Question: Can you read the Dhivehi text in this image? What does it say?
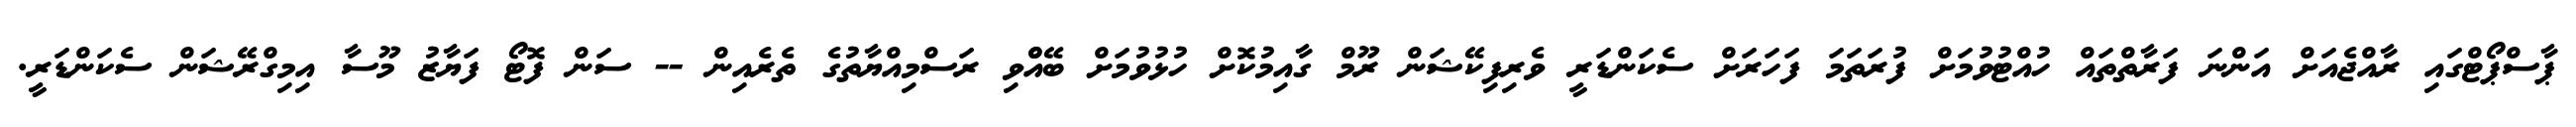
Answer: ޕާސްޕޯޓްގައި ރާއްޖެއަށް އަންނަ ފަރާތްތައް ހުއްޓުވުމަށް ފުރަތަމަ ފަހަރަށް ސެކަންޑަރީ ވެރިފިކޭޝަން ރޫމް ގާއިމުކޮށް ހުޅުވުމަށް ބޭއްްވި ރަސްމިއްޔާތުގެ ތެރެއިން -- ސަން ފޮޓޯ ފަޔާޒު މޫސާ އިމިގްރޭޝަން ސެކަންޑަރީ.